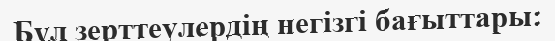
Бұл зерттеулердің негізгі бағыттары: